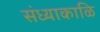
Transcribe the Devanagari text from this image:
संध्याकाळि